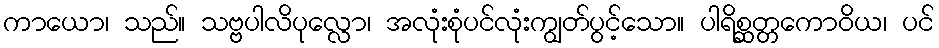
ကာယော၊ သည်။ သဗ္ဗပါလိပုလ္လော၊ အလုံးစုံပင်လုံးကျွတ်ပွင့်သော။ ပါရိစ္ဆတ္တကောဝိယ၊ ပင်